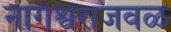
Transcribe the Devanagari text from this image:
नागेश्वराजवळ